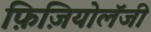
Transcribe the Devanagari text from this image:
फ़िज़ियोलॅजी